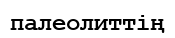
палеолиттің